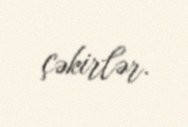
çəkirlər.